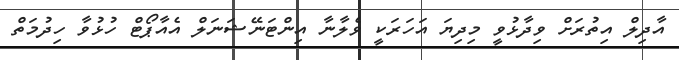
އާދިލް އިތުރަށް ވިދާޅުވީ މިދިޔަ އަހަރަކީ ވެލާނާ އިންޓަނޭޝަނަލް އެއާޕޯޓް ހުޅުވާ ހިދުމަތް